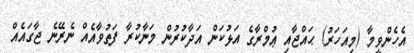
އެހެންވީމާ (މިއަހަރު) ޙައްޖާއި ޢުމްރާގެ އަޅުކަން އަދާކުރުން މަނާކުރާ ފަތުވާއެއް ނެރޭނެ ޖާގައެއް